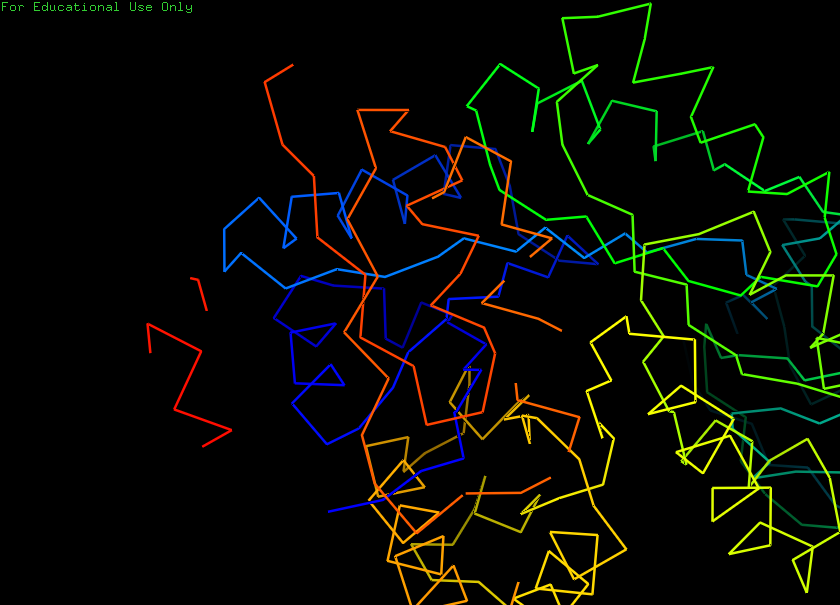
pymol, preset, ligand_sites